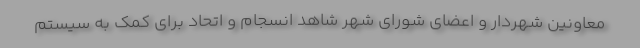
معاونین شهردار و اعضای شورای شهر شاهد انسجام و اتحاد برای کمک به سیستم